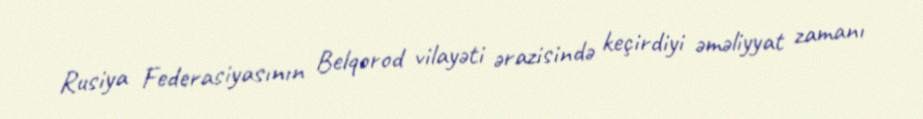
Rusiya Federasiyasının Belqorod vilayəti ərazisində keçirdiyi əməliyyat zamanı